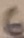
Text: 6